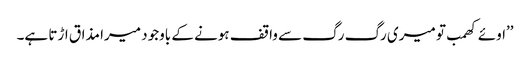
’’اوئے کھمب تو میری رگ رگ سے واقف ہونے کے باوجود میرا مذاق اڑتا ہے۔